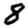
Digit: 8